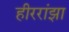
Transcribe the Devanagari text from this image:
हीररांझा